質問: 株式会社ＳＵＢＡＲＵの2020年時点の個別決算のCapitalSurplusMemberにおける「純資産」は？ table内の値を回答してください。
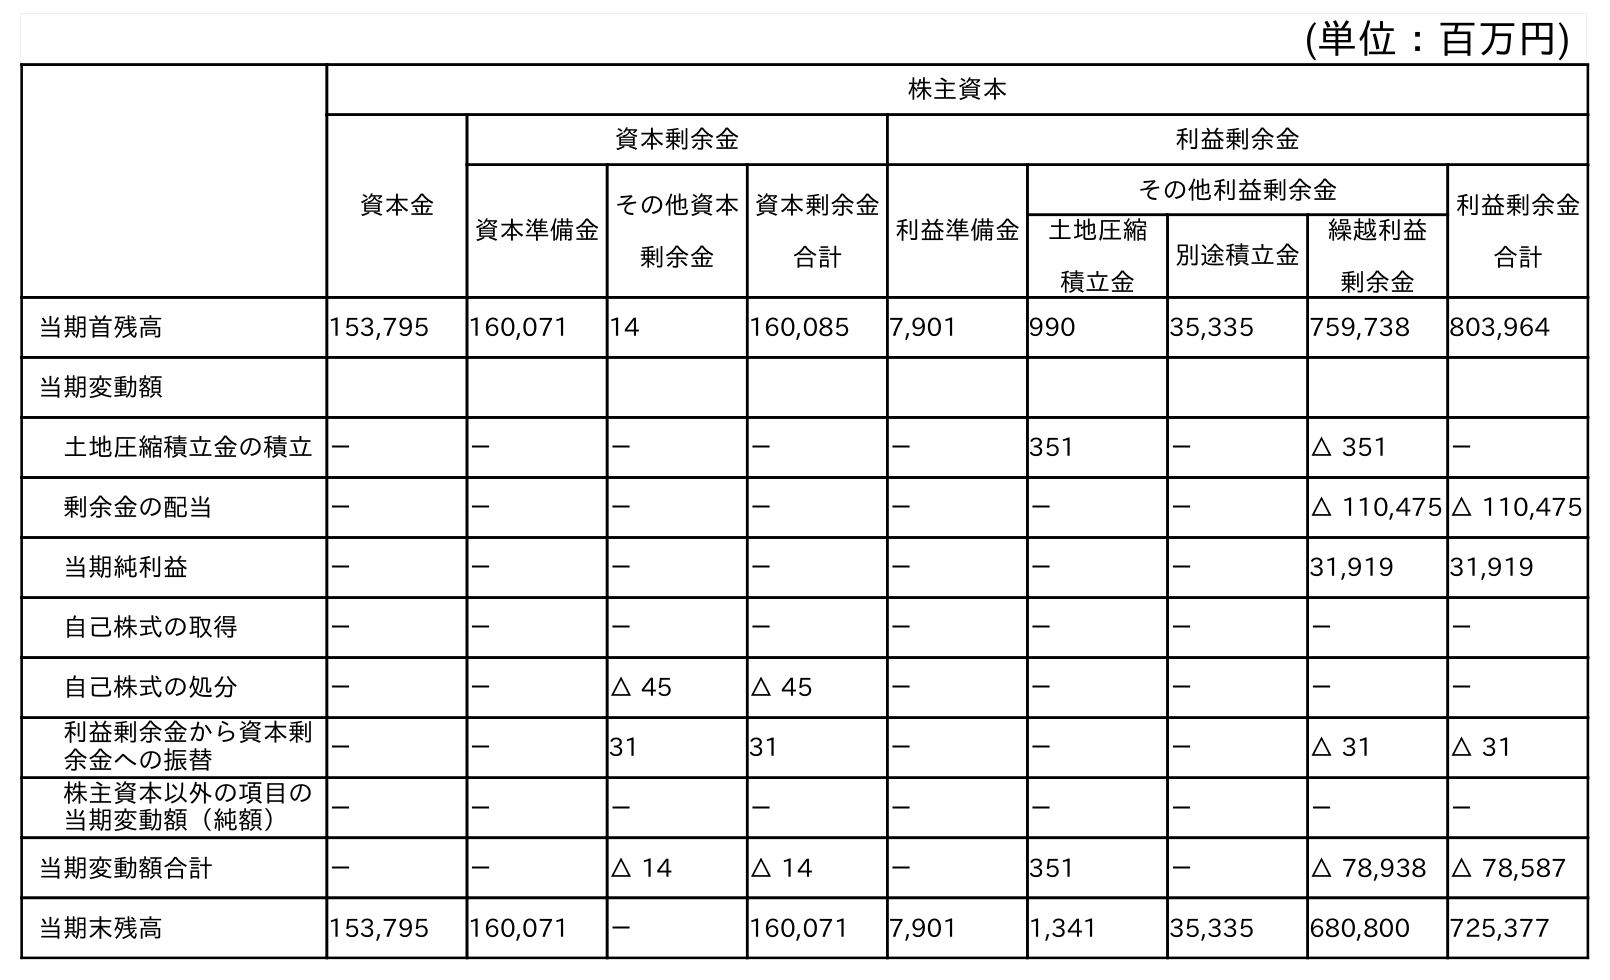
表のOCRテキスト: (単位：百万円) 株主資本 資本金 資本剰余金 利益剰余金 資本準備金 その他資本 剰余金 資本剰余金 合計 利益準備金 その他利益剰余金 利益剰余金 合計 土地圧縮 積立金 別途積立金 繰越利益 剰余金 当期首残高 153,795 160,071 14 160,085 7,901 990 35,335 759,738 803,964 当期変動額 土地圧縮積立金の積立－ － － － － 351 － △ 351 － 剰余金の配当 － － － － － － － △ 110,475 △ 110,475 当期純利益 － － － － － － － 31,919 31,919 自己株式の取得 － － － － － － － － － 自己株式の処分 － － △ 45 △ 45 － － － － － 利益剰余金から資本剰 余金への振替 － － 31 31 － － － △ 31 △ 31 株主資本以外の項目の 当期変動額（純額） － － － － － － － － － 当期変動額合計 － － △ 14 △ 14 － 351 － △ 78,938 △ 78,587 当期末残高 153,795 160,071 － 160,071 7,901 1,341 35,335 680,800 725,377
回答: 160,071